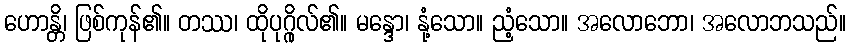
ဟောန္တိ၊ ဖြစ်ကုန်၏။ တဿ၊ ထိုပုဂ္ဂိုလ်၏။ မန္ဒော၊ နုံ့သော။ ညံ့သော။ အလောဘော၊ အလောဘသည်။